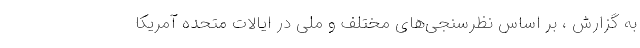
به گزارش ، بر اساس نظرسنجی‌های مختلف و ملی در ایالات متحده آمریکا